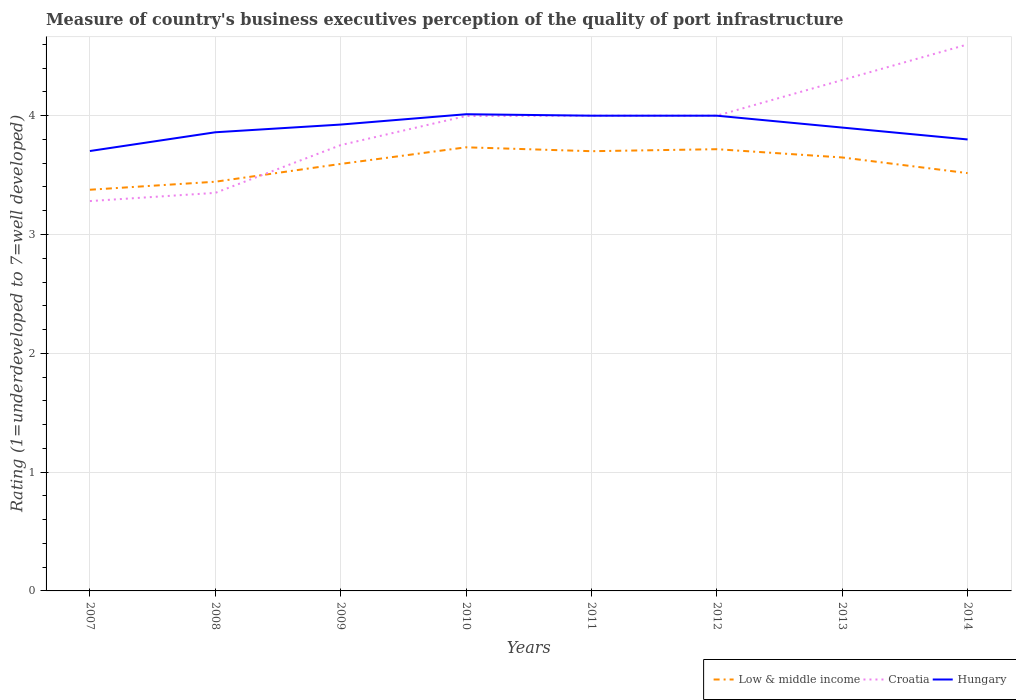
| Years | Low & middle income | Croatia | Hungary |
 | --- | --- | --- | --- |
 | 2007 | 3.38 | 3.28 | 3.7 |
 | 2008 | 3.44 | 3.35 | 3.86 |
 | 2009 | 3.59 | 3.75 | 3.93 |
 | 2010 | 3.73 | 4 | 4.01 |
 | 2011 | 3.7 | 4 | 4 |
 | 2012 | 3.72 | 4 | 4 |
 | 2013 | 3.65 | 4.3 | 3.9 |
 | 2014 | 3.52 | 4.6 | 3.8 |